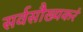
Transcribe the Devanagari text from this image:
सर्वसौख्यकरं